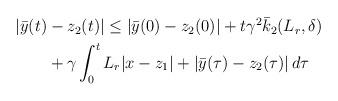
LaTeX: \begin{align*}\begin{aligned}|\bar{y}(t)&-z_2(t)| \le | \bar{y}(0)-z_2(0)| + t\gamma^2 \bar{k}_2(L_r,\delta)\\& + \gamma \int_0^t L_r|x-z_1| + |\bar{y}(\tau)-z_2(\tau)|\,d\tau \end{aligned}\end{align*}